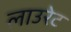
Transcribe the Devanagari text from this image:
लाउरेट